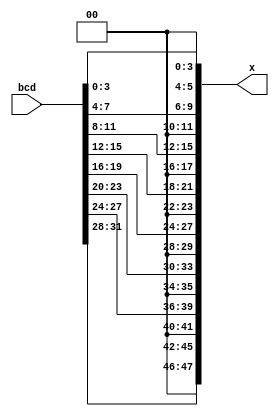
`timescale 1ns / 1ps
//////////////////////////////////////////////////////////////////////////////////
// Company: 
// Engineer: 
// 
// Design Name: 
// Module Name: BCDToSeg7
// Project Name: 
// Target Devices: 
// Tool Versions: 
// Description: 
// 
// Dependencies: 
// 
// Revision:
// Revision 0.01 - File Created
// Additional Comments:
// 
//////////////////////////////////////////////////////////////////////////////////


module BCDToSeg7_32bit(
    input [31:0]bcd,
    output reg [47:0]x
    );
    always @* begin
        x[47:0] = 48'b0;
        x[3:0] = bcd[3:0];
        x[9:6] = bcd[7:4];
        x[15:12] = bcd[11:8];
        x[21:18] = bcd[15:12];
        x[27:24] = bcd[19:16];
        x[33:30] = bcd[23:20];
        x[39:36] = bcd[27:24];
        x[45:42] = bcd[31:28];
    end
endmodule